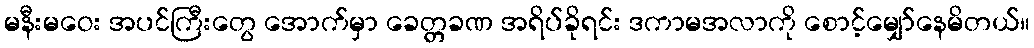
မနီးမဝေး အပင်ကြီးတွေ အောက်မှာ ခေတ္တခဏ အရိပ်ခိုရင်း ဒကာမအလာကို စောင့်မျှော်နေမိတယ်။